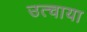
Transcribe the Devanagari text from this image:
उत्चाया